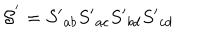
{ \cal S } ^ { ' } = S { ' } _ { a b } S { ' } _ { a c } S { ' } _ { b d } S { ' } _ { c d }